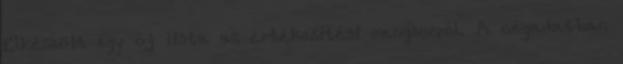
Elkészült egy új lista az értékesítési rangsorról. A cégadatban